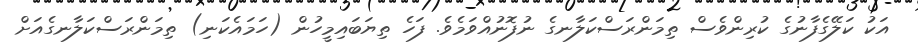
އަކު ކަލޭގެފާނުގެ ކުރިންވެސް ތިމަންރަސްކަލާނގެ ނުފޮނުއްވަމެވެ. ފަހެ ތިޔަބައިމީހުން (ހަމައެކަނި) ތިމަންރަސްކަލާނގެއަށް